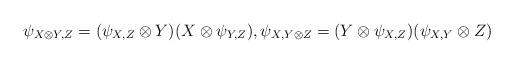
LaTeX: \begin{gather*} \psi _{X\otimes Y,Z}=(\psi _{X,Z}\otimes Y)(X\otimes \psi _{Y,Z}), \psi _{X,Y\otimes Z}=(Y\otimes \psi _{X,Z})(\psi _{X,Y}\otimes Z)\end{gather*}